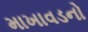
માખાવડનો